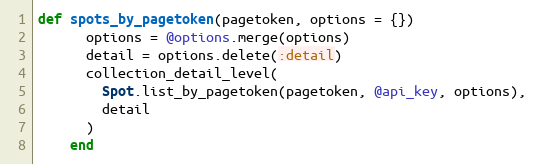
Language: Ruby
def spots_by_pagetoken(pagetoken, options = {})
      options = @options.merge(options)
      detail = options.delete(:detail)
      collection_detail_level(
        Spot.list_by_pagetoken(pagetoken, @api_key, options),
        detail
      )
    end